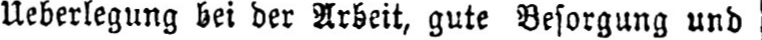
Ueberlegung bei der Arbeit, gute Besorgung und